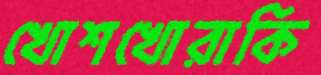
খোশখোরাকি